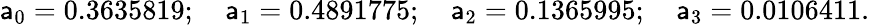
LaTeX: \mathsf{a}_{0}=0.3635819;\quad\mathsf{a}_{1}=0.4891775;\quad\mathsf{a}_{2}=0.1365995;\quad\mathsf{a}_{3}=0.0106411.